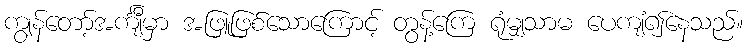
ကျွန်တော့်အင်္ကျီမှာ အဖြူဖြစ်သောကြောင့် တွန့်ကြေ ရုံမျှသာမ ပေကျံ၍နေသည်။